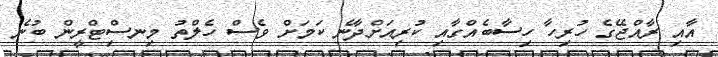
އާއި ރާއްޖޭގެ ހުރިހާ ހިސާބެއްގާއި ކުރިއަށްދާނެ ކަމަށް ވެސް ހެލްތު މިނސިްޓްރީން ބުނެ